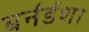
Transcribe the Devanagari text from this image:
बर्नर्डशा